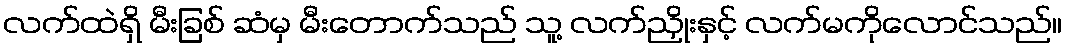
လက်ထဲရှိ မီးခြစ် ဆံမှ မီးတောက်သည် သူ့ လက်ညှိုးနှင့် လက်မကိုလောင်သည်။